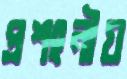
প্রশংনীয়